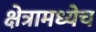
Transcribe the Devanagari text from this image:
क्षेत्रामध्येच